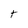
Character: t